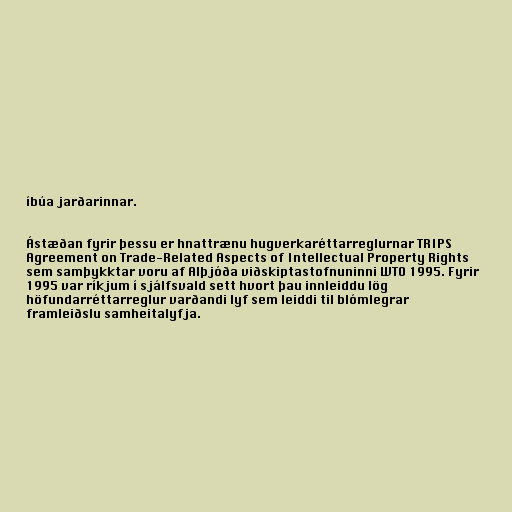
íbúa jarðarinnar.

Ástæðan fyrir þessu er hnattrænu hugverkaréttarreglurnar TRIPS
Agreement on Trade-Related Aspects of Intellectual Property Rights
sem samþykktar voru af Alþjóða viðskiptastofnuninni WTO 1995. Fyrir
1995 var ríkjum í sjálfsvald sett hvort þau innleiddu lög
höfundarréttarreglur varðandi lyf sem leiddi til blómlegrar
framleiðslu samheitalyfja.